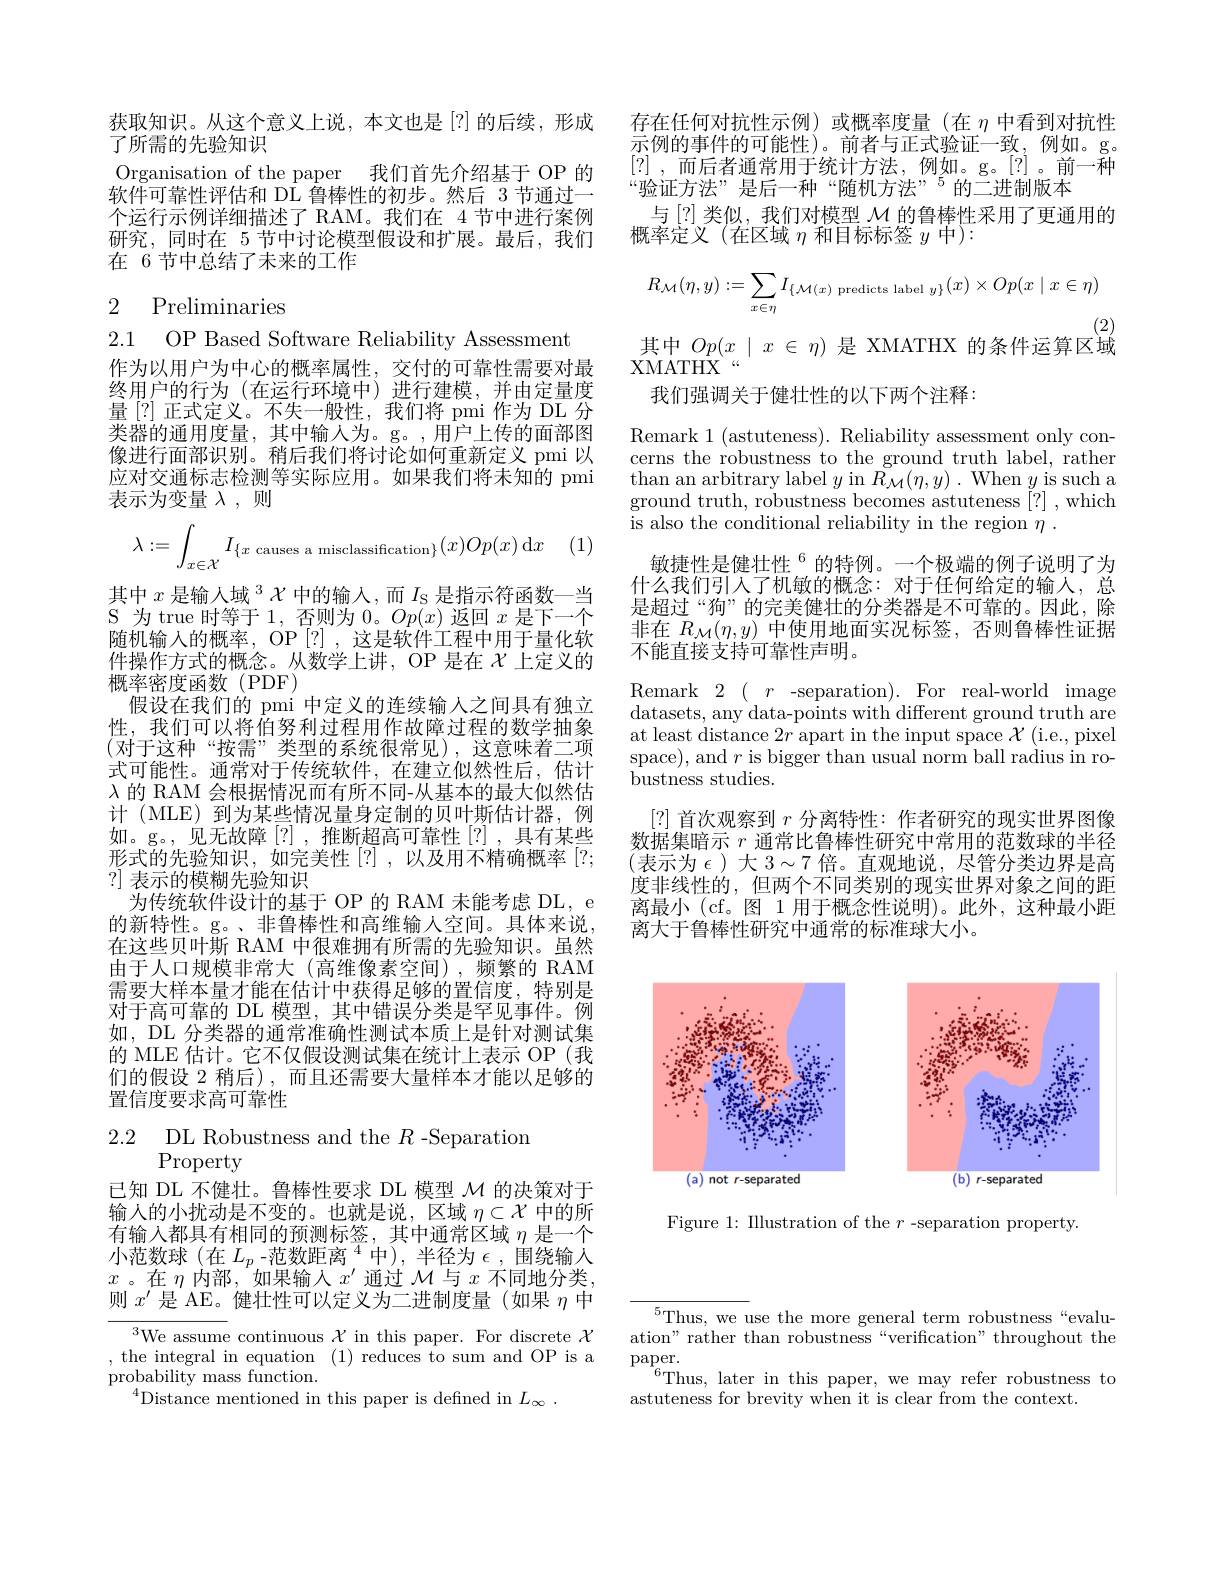
获取知识。从这个意义上说，本文也是[?]的后续，形成
了所需的先验知识
Organisation of the paper 我们首先介绍基于 OP 的软件可靠性评估和 DL 鲁棒性的初步。然后 3 节通过一个运行示例详细描述了 RAM。我们在 4 节中进行案例研究，同时在 5 节中讨论模型假设和扩展。最后，我们在 6 节中总结了未来的工作

# 2 Preliminaries

2.1 OP Based Software Reliability Assessment
作为以用户为中心的概率属性，交付的可靠性需要对最终用户的行为(在运行环境中)进行建模，并由定量度量[?]正式定义。不失一般性，我们将 pmi 作为 DL 分类器的通用度量，其中输入为。g。,用户上传的面部图像进行面部识别。稍后我们将讨论如何重新定义 pmi 以应对交通标志检测等实际应用。如果我们将未知的 pmi 表示为变量$\lambda$ ,则

(1)
$$\lambda:=\int_{x\in\mathcal{X}}I_{\{x\text{causes a misclassification}\}}(x)Op(x)\:\mathrm{d}x$$
其中$x\text{ 是 输 入 域 }^3\mathcal{X}$中的输入，而$I_\mathrm{S}$是指示符函数一当S 为 true 时等于 1, 否则为$0。Op(x)$返回$x$是下一个随机输入的概率，OP[?] ,这是软件工程中用于量化软件操作方式的概念。从数学上讲，OP 是在$\chi$上定义的概率密度函数(PDF)
假设在我们的 pmi 中定义的连续输人之间具有独立性，我们可以将伯努利过程用作故障过程的数学抽象(对于这种“按需”类型的系统很常见),这意味着二项式可能性。通常对于传统软件，在建立似然性后，估计$\lambda$的 RAM 会根据情况而有所不同-从基本的最大似然估计 (MLE) 到为某些情况量身定制的贝叶斯估计器，例如。g。,见无故障[?],推断超高可靠性[?],具有某些形式的先验知识，如完美性[?],以及用不精确概率[?; ?]表示的模糊先验知识
为传统软件设计的基于 OP 的 RAM 未能考虑 DL, e 的新特性。g。、非鲁棒性和高维输入空间。具体来说， 在这些贝叶斯 RAM 中很难拥有所需的先验知识。虽然由于人口规模非常大(高维像素空间),频繁的 RAM 需要大样本量才能在估计中获得足够的置信度，特别是对于高可靠的 DL 模型，其中错误分类是罕见事件。例如，DL 分类器的通常准确性测试本质上是针对测试集的 MLE 估计。它不仅假设测试集在统计上表示 OP (我们的假设 2 稍后),而且还需要大量样本才能以足够的置信度要求高可靠性

$\begin{array}{ll}{2.2}&{\mathrm{DL~Robustness~and~the~}R\mathrm{-Separation}}\\{\mathrm{Property}}\end{array}$

已知 DL 不健壮。鲁棒性要求 DL 模型$\mathcal{M}$的决策对于输入的小扰动是不变的。也就是说，区域$\eta\subset\mathcal{X}$中的所有输入都具有相同的预测标签，其中通常区域$\eta$是一个小范数球(在$L_p\text{ -范数距离 }^4$中),半径为$\epsilon$,围绕输入$x$。在$\eta$内部，如果输入$x^\prime$通过 $\mathcal{M}$ 与 $x$ 不同地分类， 则$x^{\prime}$是 AE。健壮性可以定义为二进制度量(如果$\eta$中

${^{3}\text{We assume continuous }\mathcal{X}}$in this paper. For discrete $\mathcal{X}$ , the integral in equation (1) reduces to sum and OP is a probability mass function.
$^{4}$Distance mentioned in this paper is defined in $L_\infty.$

存在任何对抗性示例)或概率度量(在$\eta$中看到对抗性示例的事件的可能性)。前者与正式验证一致，例如。g。[?] ,而后者通常用于统计方法，例如。g。[?]。前一种“验证方法”是后一种“随机方法”5的二进制版本
与[?]类似，我们对模型$\mathcal{M}$的鲁棒性采用了更通用的
概率定义(在区域$\eta$和目标标签$y$中):
$$R_{\mathcal{M}}(\eta,y):=\sum_{x\in\eta}I_{\{\mathcal{M}(x)\text{predicts label}y\}}(x)\times Op(x\mid x\in\eta)$$
(2)
其中$Op(x\mid x\in\eta)$是 XMATHX 的条件运算区域

我们强调关于健壮性的以下两个注释：

XMATHX“
Remark 1 (astuteness). Reliability assessment only concerns the robustness to the ground truth label, rather than an arbitrary label $y$ in $R_\mathcal{M}(\eta,y)$ . When $y$ is such a ground truth, robustness becomes astuteness [?] , which is also the conditional reliability in the region $\eta.$
敏捷性是健壮性$^{6}$的特例。一个极端的例子说明了为什么我们引入了机敏的概念：对于任何给定的输人，总是超过“狗”的完美健壮的分类器是不可靠的。因此，除非在$R_{\mathcal{M}}(\eta,y)$中使用地面实况标签，否则鲁棒性证据不能直接支持可靠性声明。
Remark$2(\begin{array}{ccc}r&\text{-separation).For}&\text{real-world}&\text\end{array}$ datasets, any data- points with different ground truth are at least distance $2r$ apart in the input space $\mathcal{X}$ (i.e., pixel space), and $r$ is bigger than usual norm ball radius in robustness studies.
[?] 首次观察到$r$分离特性：作者研究的现实世界图像数据集暗示$r$通常比鲁棒性研究中常用的范数球的半径(表示为$\epsilon)$ 大 $3\sim7$ 倍。直观地说，尽管分类边界是高度非线性的，但两个不同类别的现实世界对象之间的距离最小 (cf。图 1 用于概念性说明)。此外，这种最小距离大于鲁棒性研究中通常的标准球大小。

<FigureHere>

Figure 1: IIlustration of the $r$ -separation property.

$^{5}$Thus, we use the more general term robustness“evaluation" rather than robustness“verification”throughout the $\operatorname{paper}.$
$^{6}$Thus, later in this paper, we may refer robustness to
astuteness for brevity when it is clear from the context.